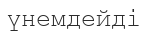
үнемдейді